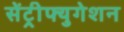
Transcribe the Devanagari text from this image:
सेंट्रीफ्युगेशन